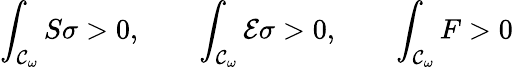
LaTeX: \int_{{\cal{C}}_{\omega}}{S\sigma}>0,\qquad\int_{{\cal{C}}_{\omega}}{{\cal{E}}\sigma}>0,\qquad\int_{{\cal{C}}_{\omega}}{F}>0